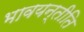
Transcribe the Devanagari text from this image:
भावयन्तीति